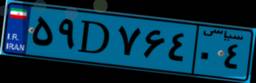
۵۹D۷۶۴۰۴